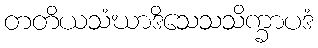
တတိယသံဃာဒိသေသသိက္ခာပဒံ